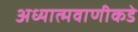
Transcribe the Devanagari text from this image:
अध्यात्मवाणीकडे